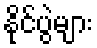
နိုင်ပွဲများ